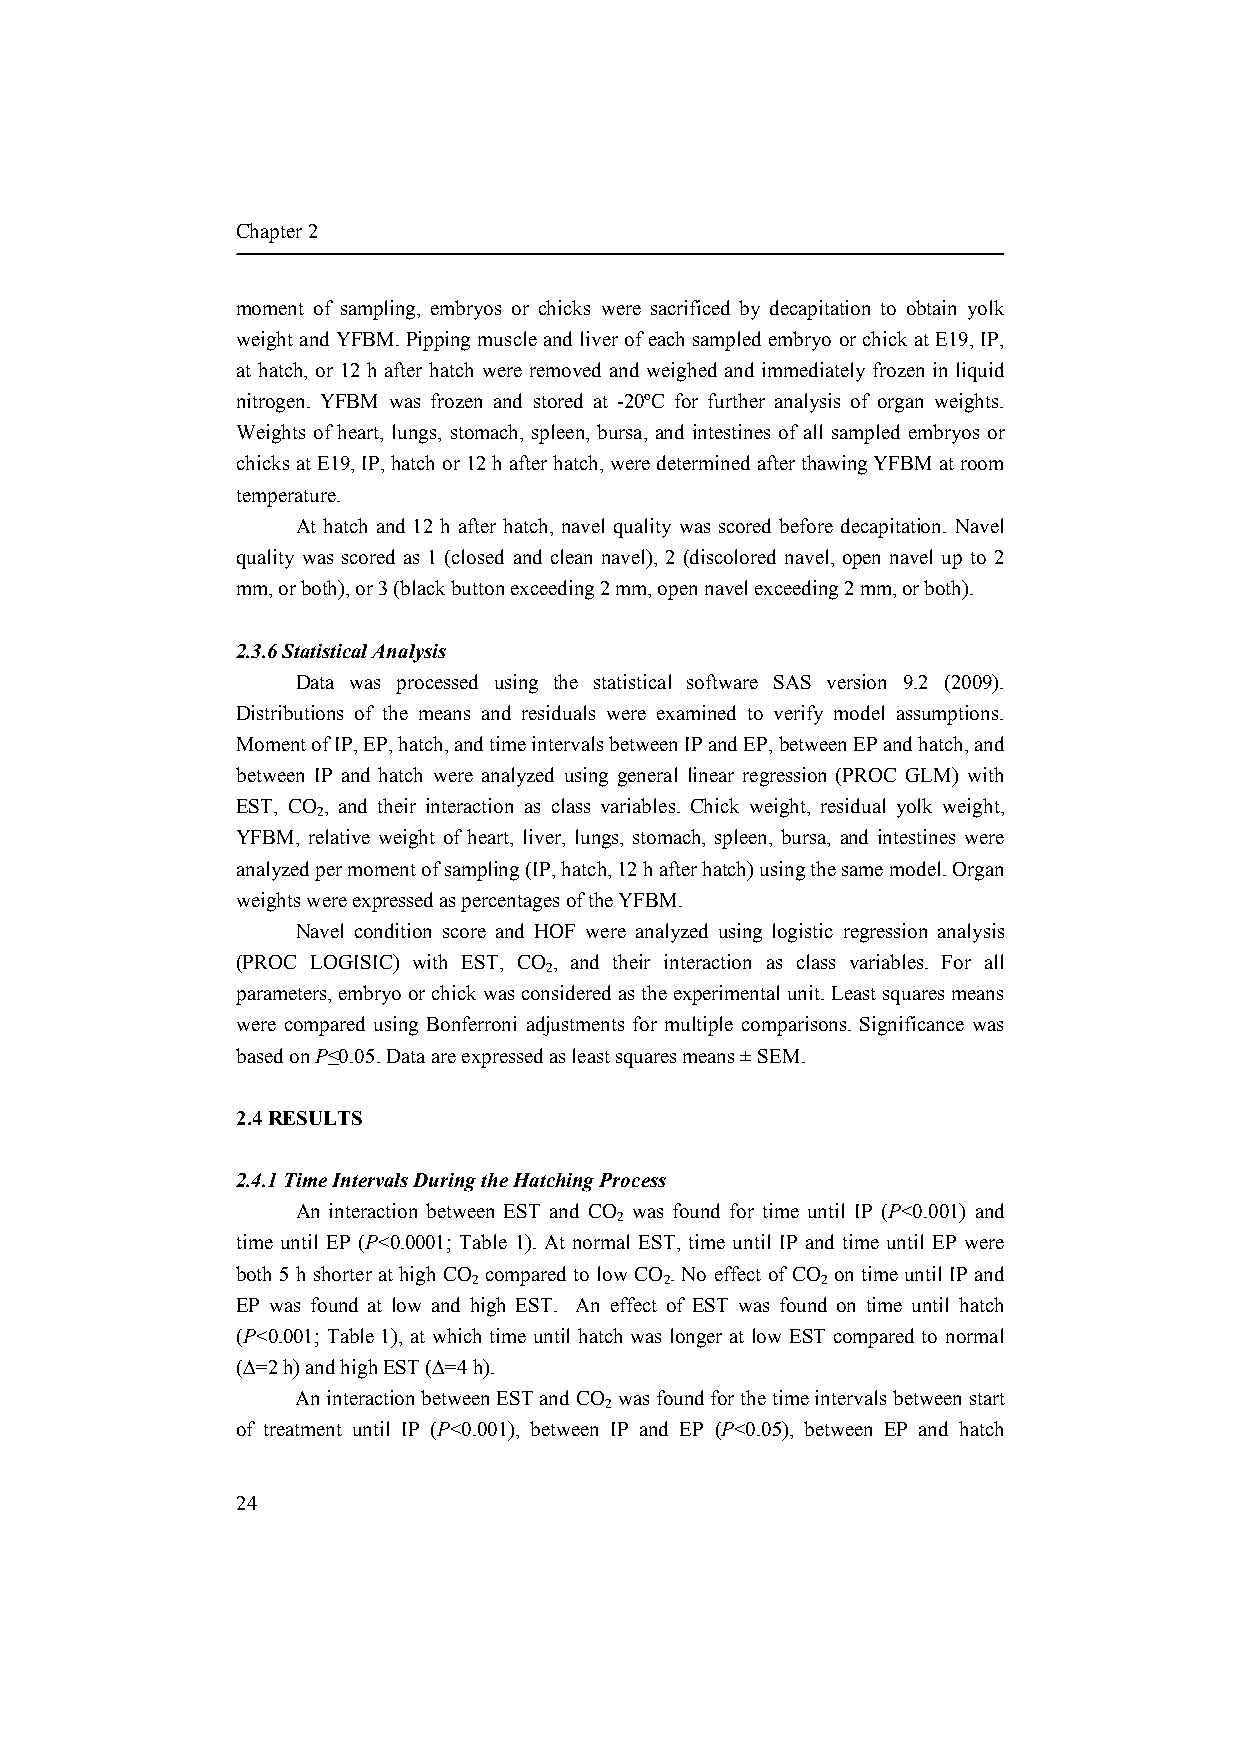
Chapter 2
 moment of sampling, embryos or chicks were sacrificed by decapitation to obtain yolk
 weight and YFBM. Pipping muscle and liver of each sampled embryo or chick at E19, IP,
 at hatch, or 12 h after hatch were removed and weighed and immediately frozen in liquid
 nitrogen. YFBM was frozen and stored at -20ºC for further analysis of organ weights.
 Weights of heart, lungs, stomach, spleen, bursa, and intestines of all sampled embryos or
 chicks at E19, IP, hatch or 12 h after hatch, were determined after thawing YFBM at room
 temperature.
 At hatch and 12 h after hatch, navel quality was scored before decapitation. Navel
 quality was scored as 1 (closed and clean navel), 2 (discolored navel, open navel up to 2
 mm, or both), or 3 (black button exceeding 2 mm, open navel exceeding 2 mm, or both).
 2.3.6 Statistical Analysis
 Data was processed using the statistical software SAS version 9.2 (2009).
 Distributions of the means and residuals were examined to verify model assumptions.
 Moment of IP, EP, hatch, and time intervals between IP and EP, between EP and hatch, and
 between IP and hatch were analyzed using general linear regression (PROC GLM) with
 EST, CO , and their interaction as class variables. Chick weight, residual yolk weight,
 2
 YFBM, relative weight of heart, liver, lungs, stomach, spleen, bursa, and intestines were
 analyzed per moment of sampling (IP, hatch, 12 h after hatch) using the same model. Organ
 weights were expressed as percentages of the YFBM.
 Navel condition score and HOF were analyzed using logistic regression analysis
 (PROC LOGISIC) with EST, CO , and their interaction as class variables. For all
 2
 parameters, embryo or chick was considered as the experimental unit. Least squares means
 were compared using Bonferroni adjustments for multiple comparisons. Significance was
 based on P≤0.05. Data are expressed as least squares means ± SEM.
 2.4 RESULTS
 2.4.1 Time Intervals During the Hatching Process
 An interaction between EST and CO was found for time until IP (P<0.001) and
 2
 time until EP (P<0.0001; Table 1). At normal EST, time until IP and time until EP were
 both 5 h shorter at high CO compared to low CO . No effect of CO on time until IP and
 2            2         2
 EP was found at low and high EST. An effect of EST was found on time until hatch
 (P<0.001; Table 1), at which time until hatch was longer at low EST compared to normal
 (∆=2 h) and high EST (∆=4 h).
 An interaction between EST and CO was found for the time intervals between start
 2
 of treatment until IP (P<0.001), between IP and EP (P<0.05), between EP and hatch
 24